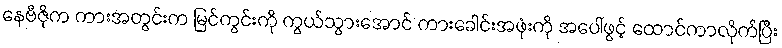
နေဗီဇိုက ကားအတွင်းက မြင်ကွင်းကို ကွယ်သွားအောင် ကားခေါင်းအဖုံးကို အပေါ်ဖွင့် ထောင်ကာလိုက်ပြီး